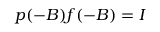
p ( - B ) f ( - B ) = I